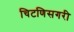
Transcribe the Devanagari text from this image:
चिटणिसगरी